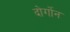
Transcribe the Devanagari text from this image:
दोर्गोन